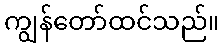
ကျွန်တော်ထင်သည်။